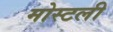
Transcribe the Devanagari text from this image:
मोस्टली